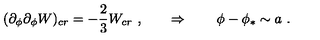
( \partial _ { \phi } \partial _ { \phi } W ) _ { c r } = - { \frac { 2 } { 3 } } W _ { c r } \ , \qquad \Rightarrow \qquad \phi - \phi _ { * } \sim a \ .